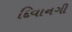
દિવાનગી